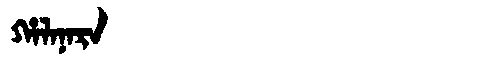
Manchu: ᡥᠠᠯᠠᠨᠠᡵᠠ
Romanization: HALANARA